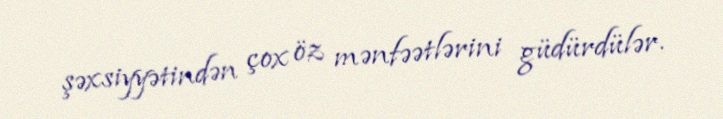
şəxsiyyətindən çox öz mənfəətlərini güdürdülər.